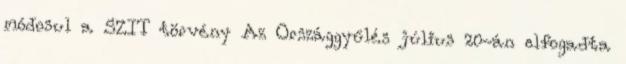
módosul a SZIT törvény Az Országgyűlés július 20-án elfogadta